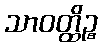
သာဝတ္ထိဉ္စ